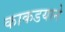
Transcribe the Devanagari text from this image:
काकडयाने